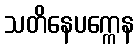
သတိနေပက္ကေန